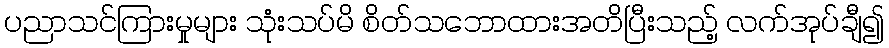
ပညာသင်ကြားမှုများ သုံးသပ်မိ စိတ်သဘောထားအတိပြီးသည့် လက်အုပ်ချီ၍